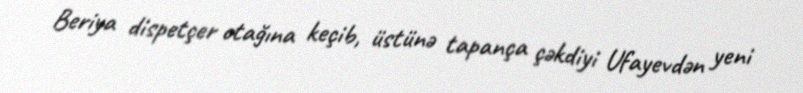
Beriya dispetçer otağına keçib, üstünə tapança çəkdiyi Ufayevdən yeni